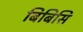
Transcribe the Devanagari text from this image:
बिबिसि